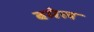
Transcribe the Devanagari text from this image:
बमेल